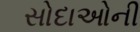
સોદાઓની